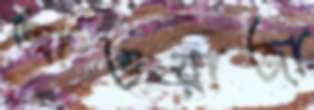
আওয়াজা